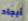
أيجاد